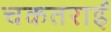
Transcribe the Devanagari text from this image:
चकतराई